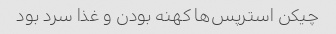
چیکن استرپس‌ها کهنه بودن و غذا سرد بود